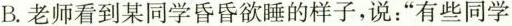
B.老师看到某同学昏昏欲睡的样子，说：”有些同学